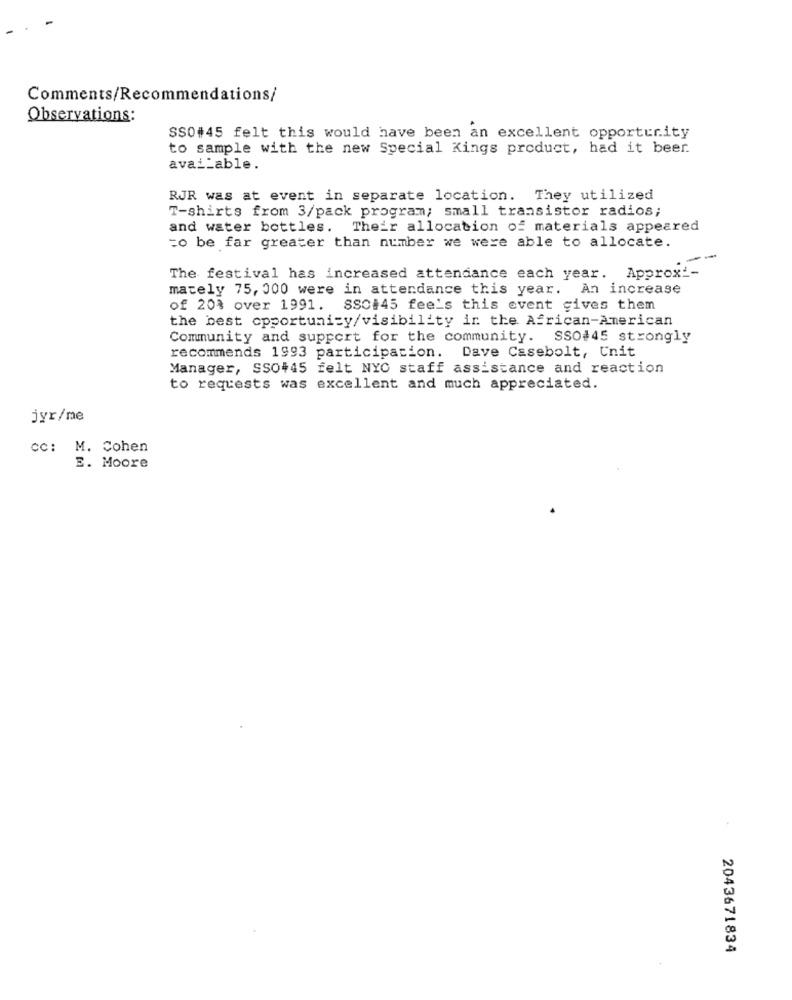
Comments/Recommendations/
Observations:
SS0#45 felt this would have been an excellent opportunity
to sample with the new Special Kings product, had it beer.
available.
RJR was at event in separate location. They utilized
T-shirts from 3/pack program; small transistor radios;
and water bottles. Their allocation of materials appeared
=o be far greater than number we were able to allocate.
The festival has increased attendance each year. Approxi-
mately 75, 000 were in attendance this year. An increase
of 20% over 1991. SSC#45 fee's this event gives them
the best opportunity/visibility in the African-American
Community and support for the community. SSO#45 strongly
recommends 1993 participation. Dave Casebolt, Cnit
Manager, SSO+45 felt NYO staff assistance and reaction
to requests was excellent and much appreciated.
jyr/me
CC: M. Cohen
E. Moore
2043671834